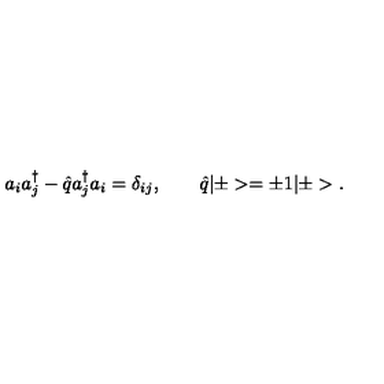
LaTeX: a _ { i } a _ { j } ^ { \dagger } - \hat { q } a _ { j } ^ { \dagger } a _ { i } = \delta _ { i j } , \qquad \hat { q } | \pm > = \pm 1 | \pm > .